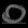
Digit: ၀